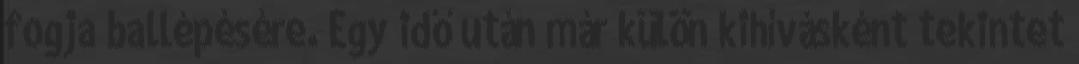
fogja ballépésére. Egy idő után már külön kihívásként tekintet